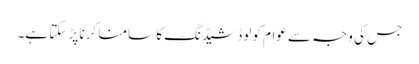
جس کی وجہ سے عوام کو لوڈشیڈنگ کا سامنا کرنا پڑ سکتا ہے۔